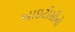
આઇટીસીનો